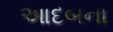
આદબના